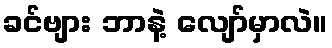
ခင်ဗျား ဘာနဲ့ လျော်မှာလဲ။